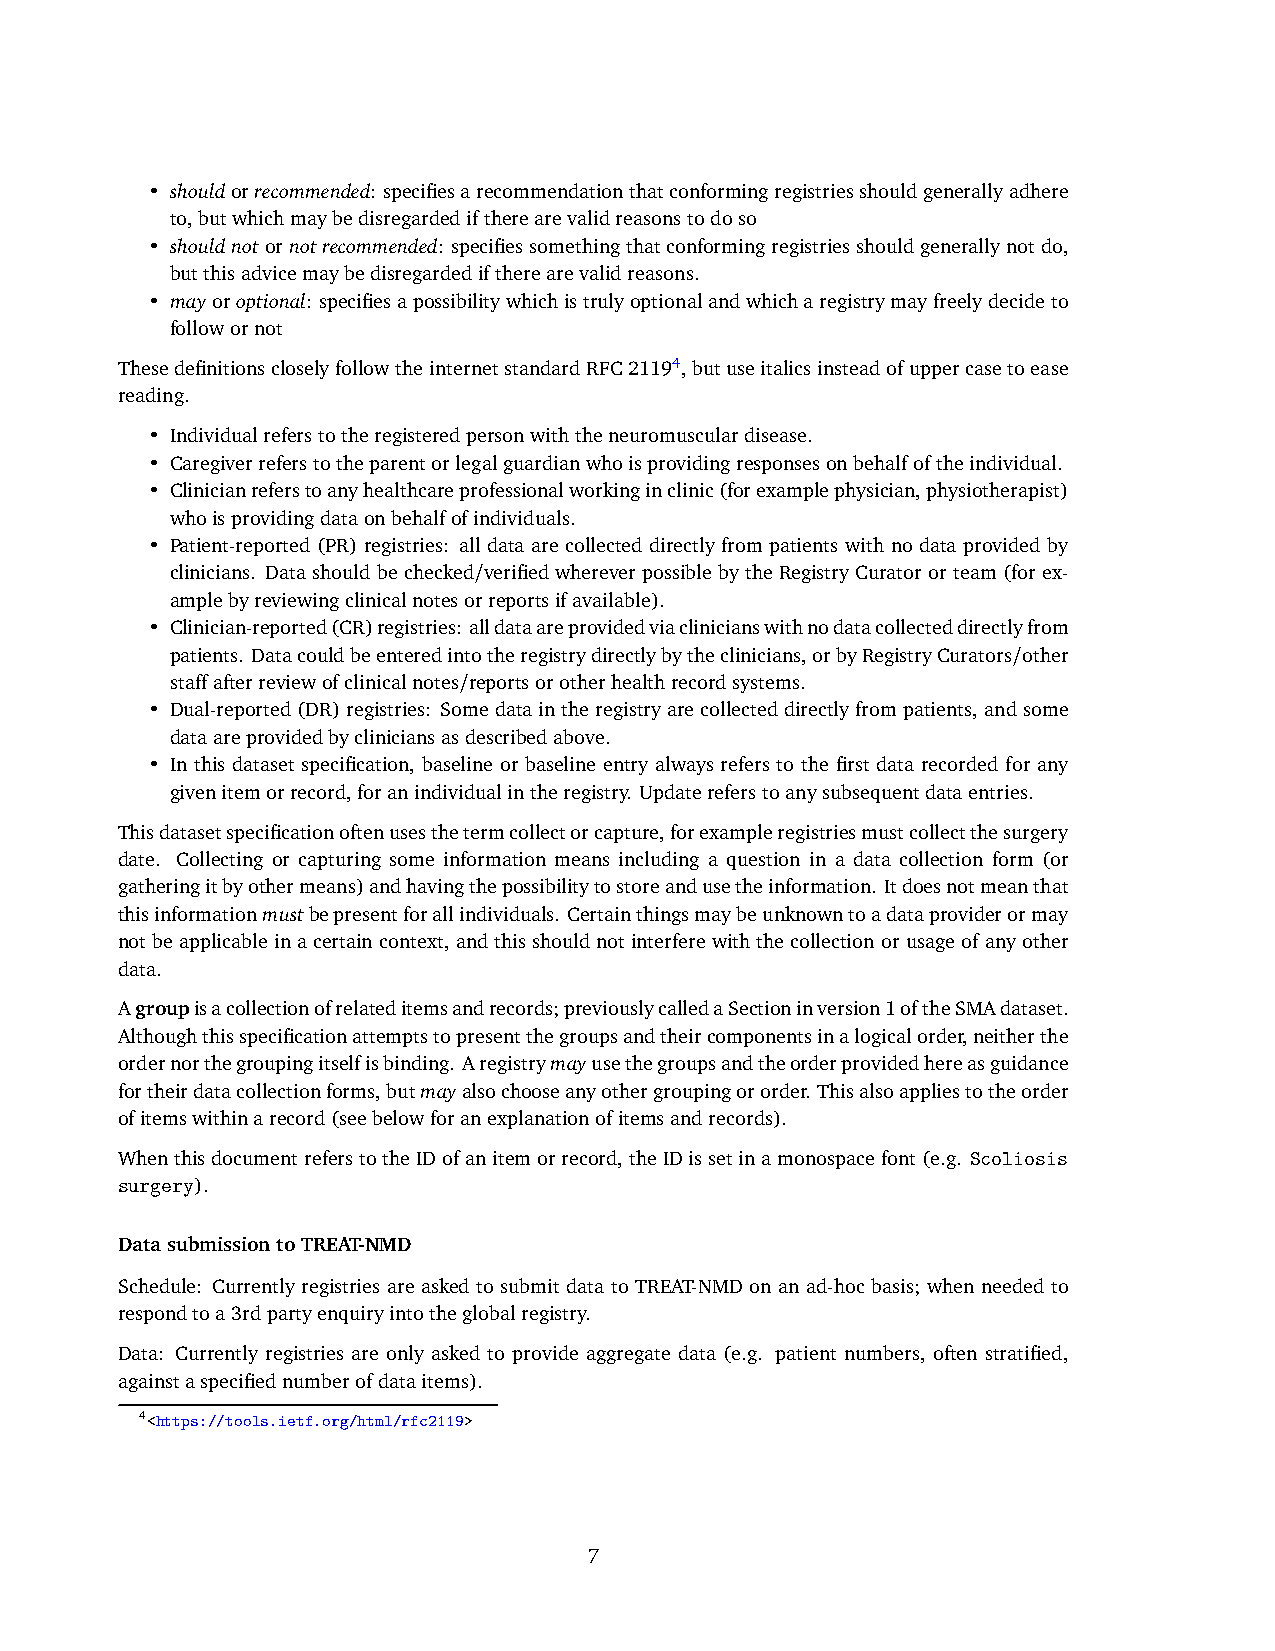
• shouldorrecommended: specifiesarecommendationthatconformingregistriesshouldgenerallyadhere
 to,butwhichmaybedisregardediftherearevalidreasonstodoso
 • shouldnotornotrecommended: specifiessomethingthatconformingregistriesshouldgenerallynotdo,
 butthisadvicemaybedisregardediftherearevalidreasons.
 • mayoroptional: specifiesapossibilitywhichistrulyoptionalandwhicharegistrymayfreelydecideto
 followornot
 ThesedefinitionscloselyfollowtheinternetstandardRFC21194,butuseitalicsinsteadofuppercasetoease
 reading.
 • Individualreferstotheregisteredpersonwiththeneuromusculardisease.
 • Caregiverreferstotheparentorlegalguardianwhoisprovidingresponsesonbehalfoftheindividual.
 • Clinicianreferstoanyhealthcareprofessionalworkinginclinic(forexamplephysician,physiotherapist)
 whoisprovidingdataonbehalfofindividuals.
 • Patient-reported (PR) registries: all data are collected directly from patients with no data provided by
 clinicians. Data should be checked/verifiedwherever possible by the RegistryCurator or team (for ex-
 amplebyreviewingclinicalnotesorreportsifavailable).
 • Clinician-reported(CR)registries: alldataareprovidedviaclinicianswithnodatacollecteddirectlyfrom
 patients. Datacouldbeenteredintotheregistrydirectlybytheclinicians,orbyRegistryCurators/other
 staffafterreviewofclinicalnotes/reportsorotherhealthrecordsystems.
 • Dual-reported(DR)registries: Somedataintheregistryarecollecteddirectlyfrompatients,andsome
 dataareprovidedbycliniciansasdescribedabove.
 • In this dataset specification, baseline or baseline entry always refers to the first data recorded for any
 givenitemorrecord,foranindividualintheregistry. Updatereferstoanysubsequentdataentries.
 Thisdatasetspecificationoftenusesthetermcollectorcapture,forexampleregistriesmustcollectthesurgery
 date. Collecting or capturing some information means including a question in a data collection form (or
 gatheringitbyothermeans)andhavingthepossibilitytostoreandusetheinformation. Itdoesnotmeanthat
 thisinformationmustbepresentforallindividuals. Certainthingsmaybeunknowntoadataproviderormay
 notbeapplicableinacertaincontext, andthisshouldnotinterferewiththecollectionorusageofanyother
 data.
 Agroupisacollectionofrelateditemsandrecords;previouslycalledaSectioninversion1oftheSMAdataset.
 Althoughthisspecificationattemptstopresentthegroupsandtheircomponentsinalogicalorder,neitherthe
 ordernorthegroupingitselfisbinding. Aregistrymayusethegroupsandtheorderprovidedhereasguidance
 fortheirdatacollectionforms,butmayalsochooseanyothergroupingororder. Thisalsoappliestotheorder
 ofitemswithinarecord(seebelowforanexplanationofitemsandrecords).
 WhenthisdocumentreferstotheIDofanitemorrecord,theIDissetinamonospacefont(e.g. Scoliosis
 surgery).
 DatasubmissiontoTREAT-NMD
 Schedule: Currently registries are asked to submit data to TREAT-NMD on an ad-hoc basis; when needed to
 respondtoa3rdpartyenquiryintotheglobalregistry.
 Data: Currently registries are only asked to provide aggregate data (e.g. patient numbers, often stratified,
 againstaspecifiednumberofdataitems).
 4<https://tools.ietf.org/html/rfc2119>
 7